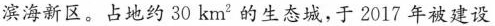
滨海新区。占地约30km^{2}的生态城，于2017年被建设